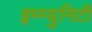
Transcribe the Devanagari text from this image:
इम्म्युनिटी